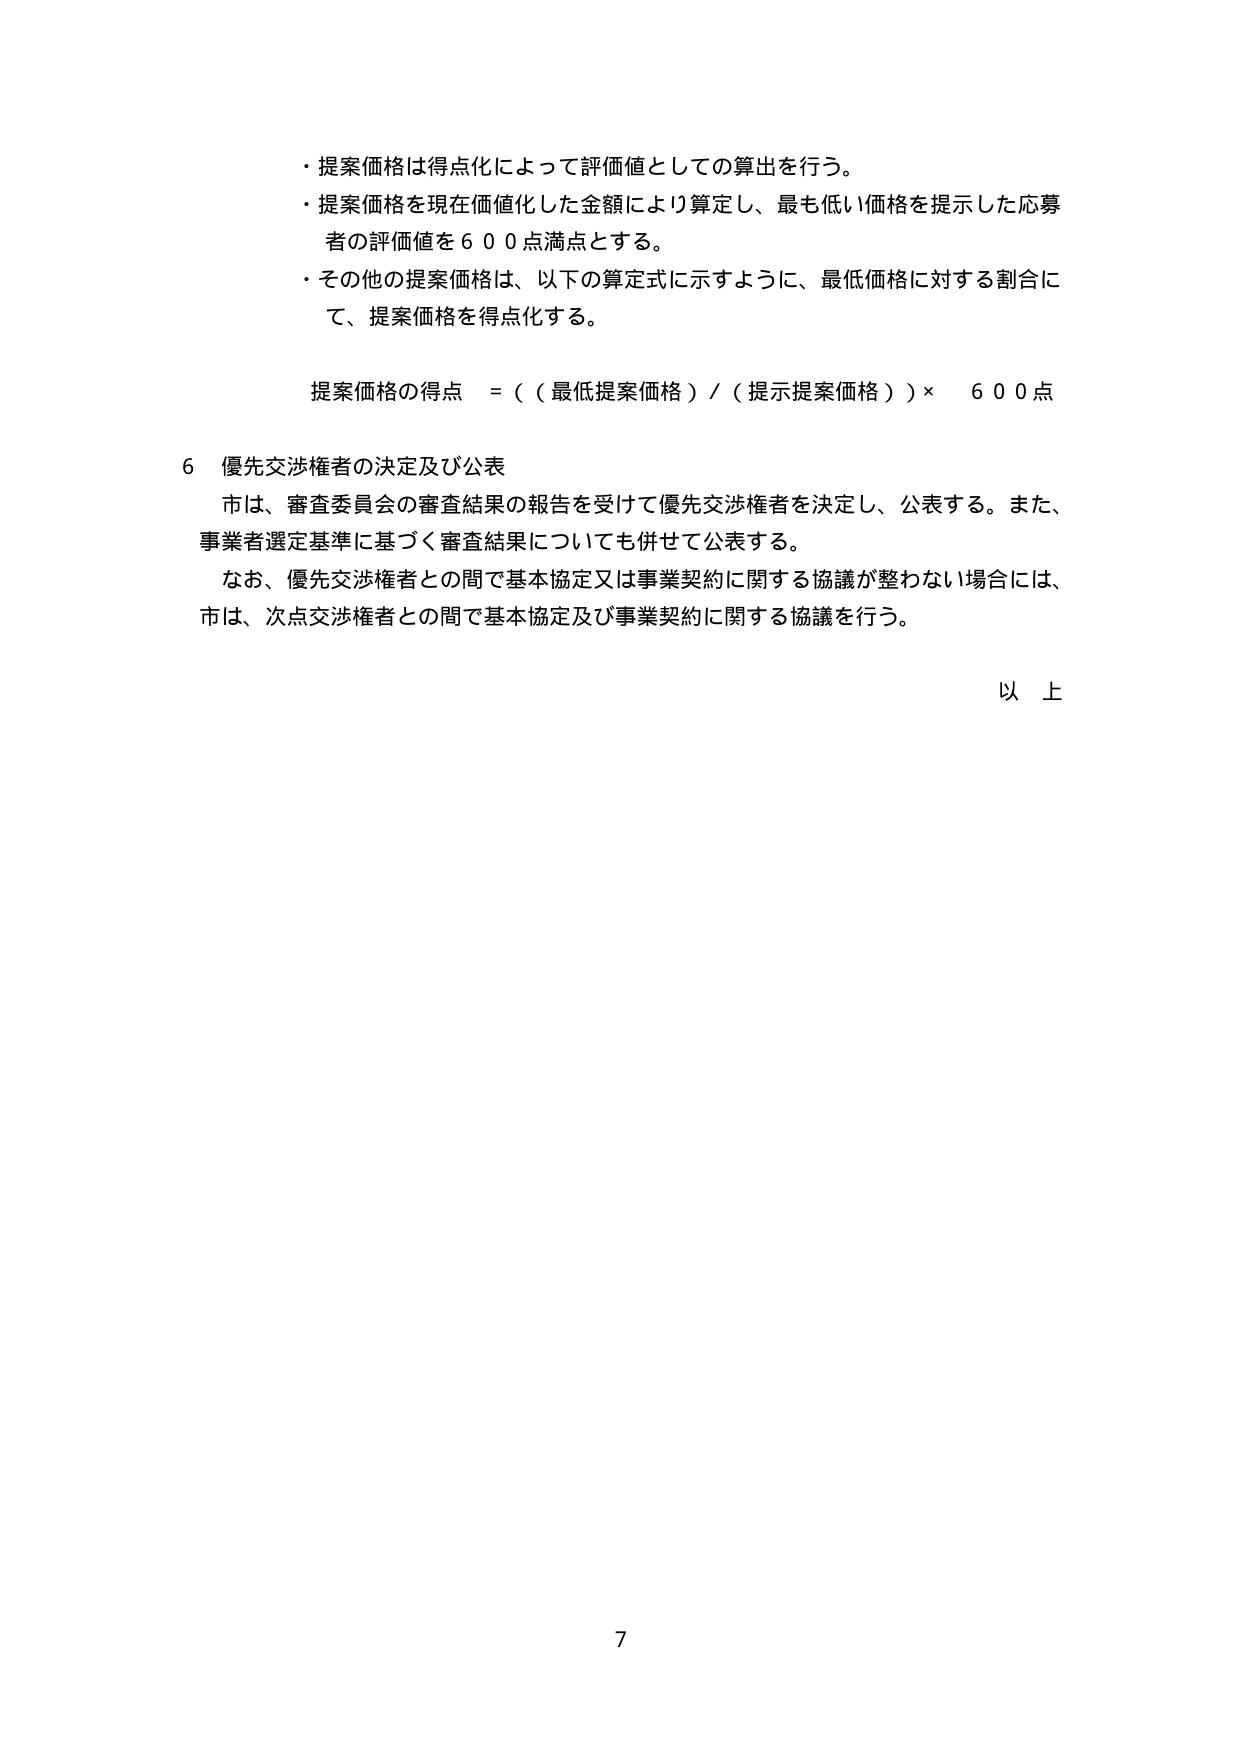
・提案価格は得点化によって評価値としての算出を行う。
・提案価格を現在価値化した金額により算定し、最も低い価格を提示した応募者の評価値を６００点満点とする。
・その他の提案価格は、以下の算定式に示すように、最低価格に対する割合にて、提案価格を得点化する。

提案価格の得点 ＝（（最低提案価格）／（提示提案価格））× ６００点

６ 優先交渉権者の決定及び公表
市は、審査委員会の審査結果の報告を受けて優先交渉権者を決定し、公表する。また、事業者選定基準に基づく審査結果についても併せて公表する。
なお、優先交渉権者との間で基本協定又は事業契約に関する協議が整わない場合には、市は、次点交渉権者との間で基本協定及び事業契約に関する協議を行う。

以上

7